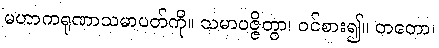
မဟာကရုဏာသမာပတ်ကို။ သမာပဇ္ဇိတွာ၊ ဝင်စား၍။ တတော၊